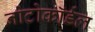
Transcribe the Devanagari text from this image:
नोटोकॉर्डल